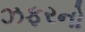
ઝફરનો